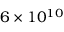
6 \times 1 0 ^ { 1 0 }